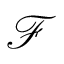
\mathcal { F }